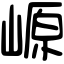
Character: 㟲